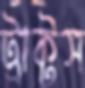
ট্রাক্টস